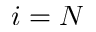
i = N